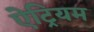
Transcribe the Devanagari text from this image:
ऐट्रियम